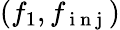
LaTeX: (f_{1},f_{\mathrm{~i~n~j~}})